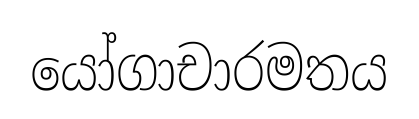
යෝගාචාරමතය